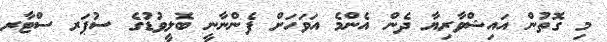
މި ގޮތުން އައިޝްވާރިޔާ ދެން އެންމެ އަވަހަށް ފެންނާނީ ބޮލީވުޑުގެ ސުޕަރ ސްޓާރ